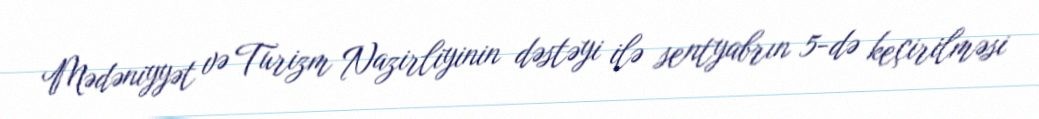
Mədəniyyət və Turizm Nazirliyinin dəstəyi ilə sentyabrın 5-də keçirilməsi